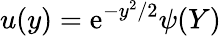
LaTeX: u(y)=\mathrm{e}^{-y^{2}/2}\psi(Y)